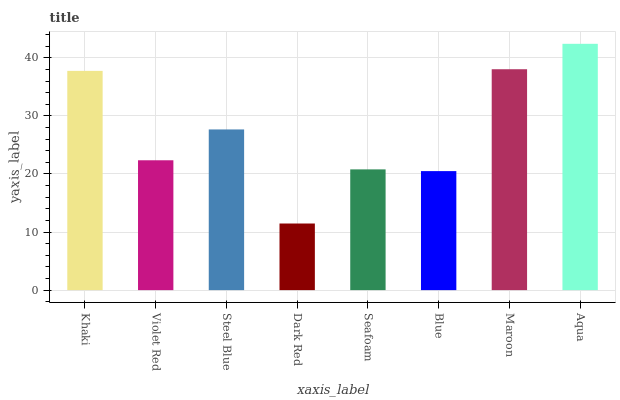
| xaxis_label | bars |
 | --- | --- |
 | Khaki | 37.7 |
 | Violet Red | 22.4 |
 | Steel Blue | 27.7 |
 | Dark Red | 11.5 |
 | Seafoam | 20.8 |
 | Blue | 20.5 |
 | Maroon | 38 |
 | Aqua | 42.4 |